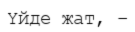
Үйде жат, –